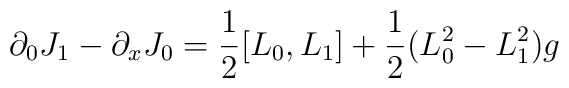
\partial_{0} J_{1} - \partial_{x} J_{0} = \frac{1}{2}[L_{0},L_{1}]  + \\\frac{1}{2} (L_{0}^{2} - L_{1}^{2} )g